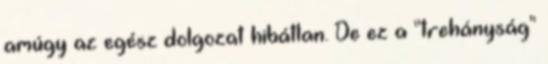
amúgy az egész dolgozat hibátlan. De ez a "trehányság"